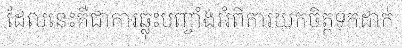
ដែលនេះគឺជាការឆ្លុះបញ្ចាំងអំពីការយកចិត្តទុកដាក់